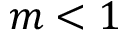
m < 1